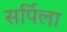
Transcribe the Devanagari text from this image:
सर्पिला